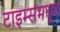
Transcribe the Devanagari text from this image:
टाइम्समधून